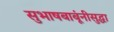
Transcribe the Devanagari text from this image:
सुभाषबाबूंनीसुद्धा